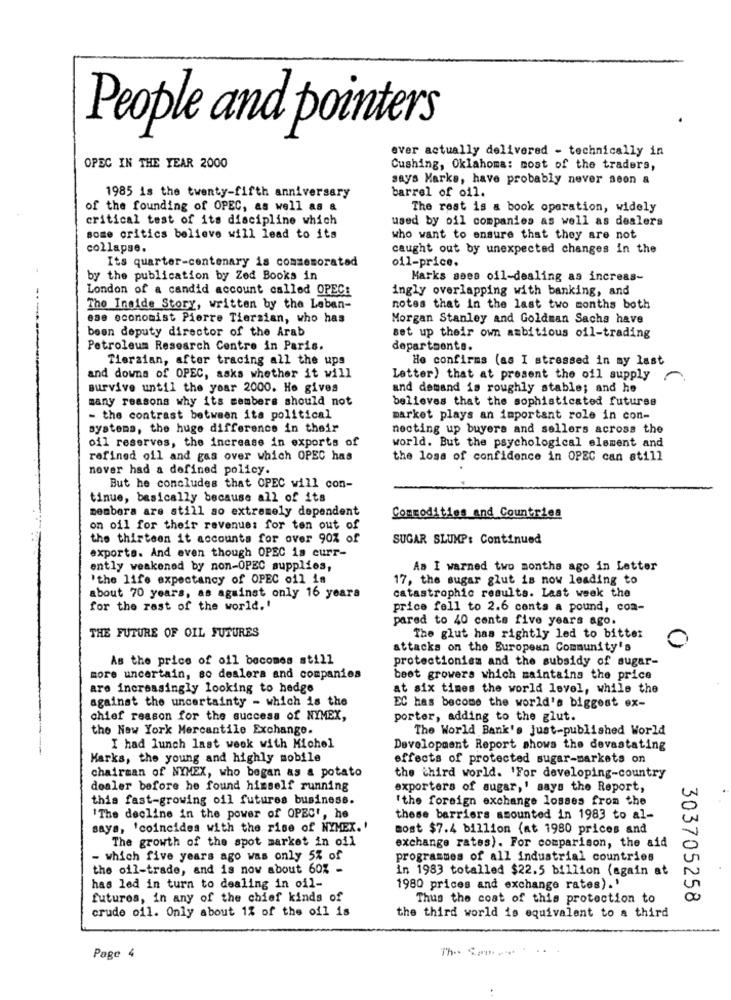
People and pointers
ever actually delivered - technically in
OPEC IN THE YEAR 2000
Cushing, Oklahoma: most of the traders,
says Marks, have probably never seon a
barrel of oil.
1985 is the twenty-fifth anniversary
of the founding of OPEC, as well as a
The rest is a book operation, widely
critical test of its discipline which
used by oil companies as well as dealers
some critics believe will lead to its
who want to ensure that they are not
collapse.
caught out by unexpected changes in the
oil-price.
Its quarter-centenary is commemorated
by the publication by Zed Books in
Marks sees oil-dealing as increas-
London of a candid account called OPEC:
ingly overlapping with banking, and
The Inside Story, written by the Leben-
notes that in the last two months both
ese economist Pierre Tiersian, who has
Morgan Stanley and Goldman Sachs have
been deputy director of the Arab
set up their own ambitious oil-trading
Petroleum Research Centre in Paris.
departments.
Tiersian, after tracing all the ups
He confirms (as I stressed in my last
and downs of OPEC, asks whether it will
Letter) that at present the oil supply
survive until the year 2000. He gives
and demand is roughly stable; and he
many reasons why its members should not
believes that the sophisticated futurss
- the contrast between ita political
market plays an important role in con-
systems, the huge difference in their
necting up buyers and sellers across the
oil reserves, the increase in exports of
world. But the psychological element and
refined oil and gas over which OPEC has
the loss of confidence in OPEC can still
nover had a defined policy.
But he concludes that OPEC will con-
tinue, basically because all of its
members are still ao extremely dependent
Commodities and Countries
on oil for their revenue: for ton out of
the thirteen it accounts for over 90% of
SUGAR SLUMP: Continued
exports. And even though OPEC is curr-
ently weakened by non-OPEC supplies,
Aa I warned two months ago in Letter
'the life expectancy of OPEC oil is
17, the sugar glut is now leading to
about 70 years, as against only 16 years
catastrophic results. Last week the
for the rast of the world. '
price fell to 2.6 cents a pound, com-
pared to 40 cents five years ago.
THE FUTURE OF OIL FUTURES
The glut has rightly led to bitter
attacks on the European Community's
As the price of oil becomes still
protectionism and the subsidy of sugar-
more uncertain, so dealera and companies
beet growers which maintains the price
are increasingly looking to hedge
at six times the world level, while the
against the uncertainty - which is the
EC has become the world's biggest ex-
chief reason for the success of NYMEX,
porter, adding to the glut.
the New York Mercantile Exchange.
The World Bank's just-published World
I had lunch last week with Michel
Development Report shows the devastating
Marks, the young and highly mobile
effects of protected sugar-markets on
chairman of NYMEX, who began as a potato
the third world. 'For developing-country
dealer before he found himself running
exporters of sugar,' says the Report,
this fast-growing oil futures business.
'the foreign exchange losses from the
'The decline in the power of OPEC', he
these barriers amounted in 1983 to al-
saya, 'coincides with the rise of NYMEX. '
most $7.4 billion (at 1980 prices and
The growth of the spot market in oil
exchange rates). For comparison, the aid
- which five years ago was only 5% of
programmes of all industrial countries
the oil-trade, and is now about 60% -
in 1983 totalled $22.5 billion (again at
has led in turn to dealing in oil-
1980 prices and exchange rates). '
futures, in any of the chief kinds of
Thus the coat of this protection to
303705258
crude oil. Only about 1% of the oil is
the third world is equivalent to a third
Th -. S.m .
....
Page 4